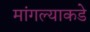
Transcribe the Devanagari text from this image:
मांगल्याकडे